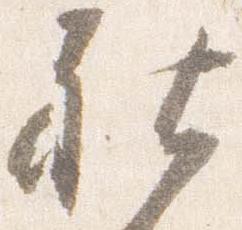
社